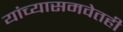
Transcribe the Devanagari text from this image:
यांच्यासमवेतही